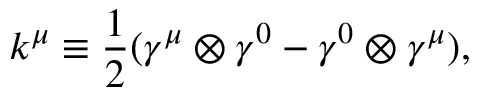
k ^ { \mu } \equiv \frac { 1 } { 2 } ( { \gamma } ^ { \mu } \otimes { \gamma } ^ { 0 } - { \gamma } ^ { 0 } \otimes { \gamma } ^ { \mu } ) ,